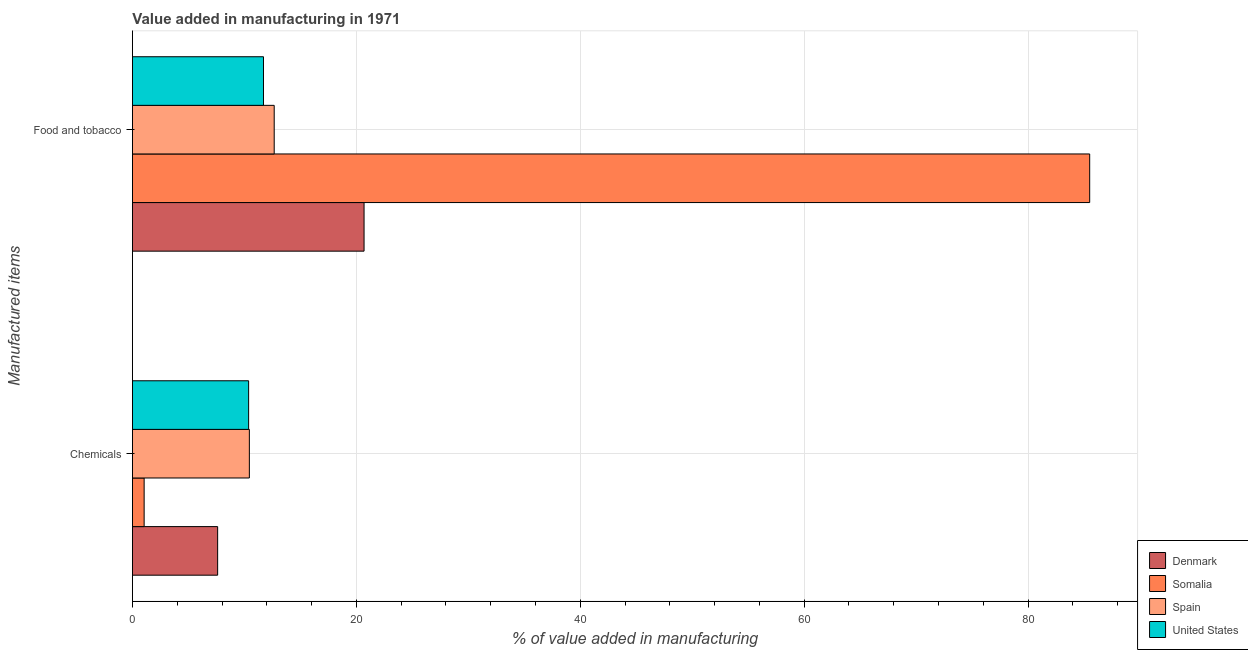
| Manufactured items | Denmark | Somalia | Spain | United States |
 | --- | --- | --- | --- | --- |
 | Chemicals | 7.61 | 1.05 | 10.4 | 10.4 |
 | Food and tobacco | 20.7 | 85.5 | 12.7 | 11.7 |